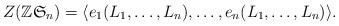
LaTeX: \begin{align*} Z(\mathbb{Z}\mathfrak{S}_{n})=\langle e_{1}(L_{1},\dots,L_{n}),\dots,e_{n}(L_{1},\dots,L_{n})\rangle.\end{align*}